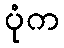
ပုံက